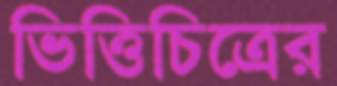
ভিত্তিচিত্রের